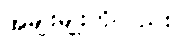
အမျိုးမျိုးကိုလည်း